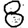
Digit: 8